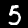
Label: 5